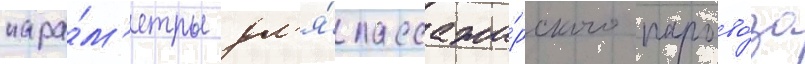
пара́м'етры дл'я́ пассажи́рского парово́за